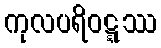
ကုလပရိဝဋ္ဋဿ